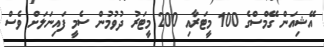
އޭޝިއަން ގޭމްސްގެ 100 މީޓަރާއި 200 މީޓަރު ދުވުމުން ސެމީ ފައިނަލަށް ވެސް